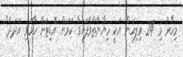
މިހާރު މި 24 މިލިއަން އަކީ ހިޔާނާތްވެފައިވާ ކަމަށް އޮޑިޓަށް ހާމަވި އަދަދު"